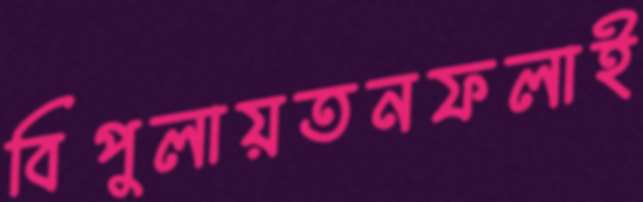
বিপুলায়তনফলাই